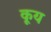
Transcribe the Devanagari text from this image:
कूय